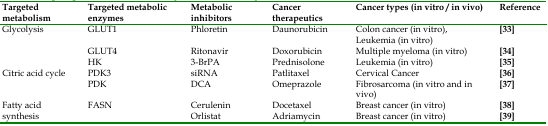
<table><thead><tr><td><b>Targeted metabolism</b></td><td><b>Targeted metabolic enzymes</b></td><td><b>Metabolic inhibitors</b></td><td><b>Cancer therapeutics</b></td><td><b>Cancer types (in vitro / in vivo)</b></td><td><b>Reference</b></td></tr></thead><tbody><tr><td rowspan="3">Glycolysis</td><td>GLUT1</td><td>Phloretin</td><td>Daunorubicin</td><td>Colon cancer (in vitro), Leukemia (in vitro)</td><td>[33]</td></tr><tr><td>GLUT4</td><td>Ritonavir</td><td>Doxorubicin</td><td>Multiple myeloma (in vitro)</td><td>[34]</td></tr><tr><td>HK</td><td>3-BrPA</td><td>Prednisolone</td><td>Leukemia (in vitro)</td><td>[35]</td></tr><tr><td rowspan="2">Citric acid cycle</td><td>PDK3</td><td>siRNA</td><td>Patlitaxel</td><td>Cervical Cancer</td><td>[36]</td></tr><tr><td>PDK</td><td>DCA</td><td>Omeprazole</td><td>Fibrosarcoma (in vitro and in vivo)</td><td>[37]</td></tr><tr><td rowspan="2">Fatty acid synthesis</td><td rowspan="2">FASN</td><td>Cerulenin</td><td>Docetaxel</td><td>Breast cancer (in vitro)</td><td>[38]</td></tr><tr><td>Orlistat</td><td>Adriamycin</td><td>Breast cancer (in vitro)</td><td>[39]</td></tr></tbody></table>